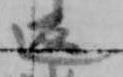
返